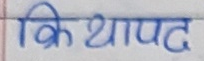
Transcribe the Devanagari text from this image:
क्रियापद